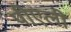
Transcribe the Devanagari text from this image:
पीएली